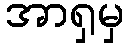
အာရှမှ